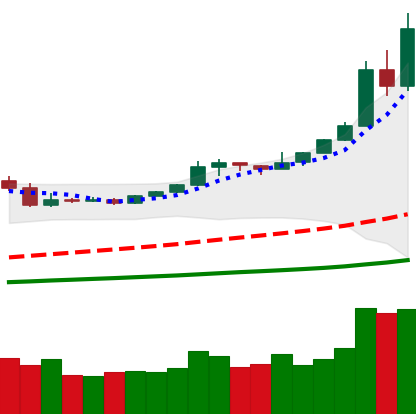
Ticker: BTC-USD
Chart end date: 2019-05-13
Forward return: -6.957%
Label: down_5_7